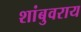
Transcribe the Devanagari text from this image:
शांबुवराय